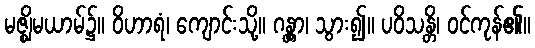
မဇ္ဈိမယာမ်၌။ ဝိဟာရံ၊ ကျောင်းသို့။ ဂန္တွာ၊ သွား၍။ ပဝိသန္တိ၊ ဝင်ကုန်၏။